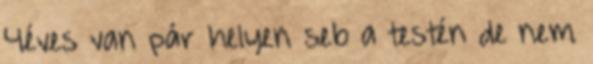
4éves van pár helyen seb a testén de nem